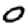
Digit: 0